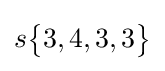
s{\begin{Bmatrix}3,4,3,3\end{Bmatrix}}